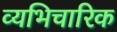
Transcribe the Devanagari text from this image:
व्यभिचारिक